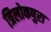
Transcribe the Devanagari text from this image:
त्रिलोकपुरा